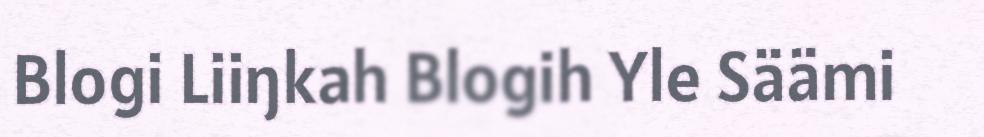
Blogi Liiŋkah Blogih Yle Säämi